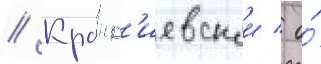
// Кранд'иевскои / о́